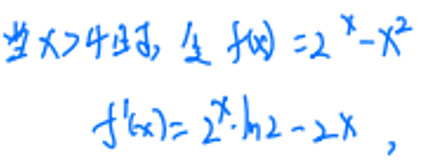
当 \(x > 4\) 时，令 \(f(x) = 2^{x}-x^{2}\)
\[
f^{\prime}(x)=2^{x}\cdot\ln 2 - 2x
\]